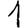
Digit: 1